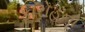
ફારોહના